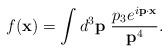
LaTeX: \begin{align*}f({\bf x})=\int d^{3}{\bf p}~\frac{p_{3}e^{i{\bf p}\cdot {\bf x}}}{{\bf p}^{4}}.\end{align*}